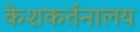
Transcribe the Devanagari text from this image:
केशकर्तनालय